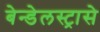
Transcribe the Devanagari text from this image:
बेन्डेलस्ट्रासे